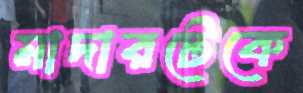
মাদারটেকে